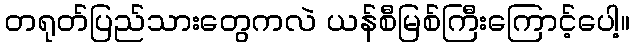
တရုတ်ပြည်သားတွေကလဲ ယန်စီမြစ်ကြီးကြောင့်ပေါ့။